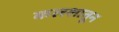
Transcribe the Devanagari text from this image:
कलशातून